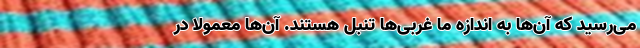
می‌رسید که آن‌ها به اندازه ما غربی‌ها تنبل هستند. آن‌ها معمولاً در